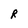
Character: R